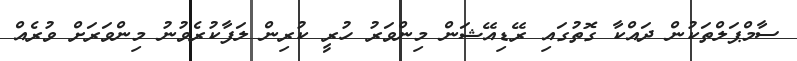
ސާމްޕަލްތަކުން ދައްކާ ގޮތުގައި ރޭޑިއޭޝަން މިންވަރު ހުރީ ކުރިން ލަފާކުރެވުނު މިންވަރަށް ވުރެއް